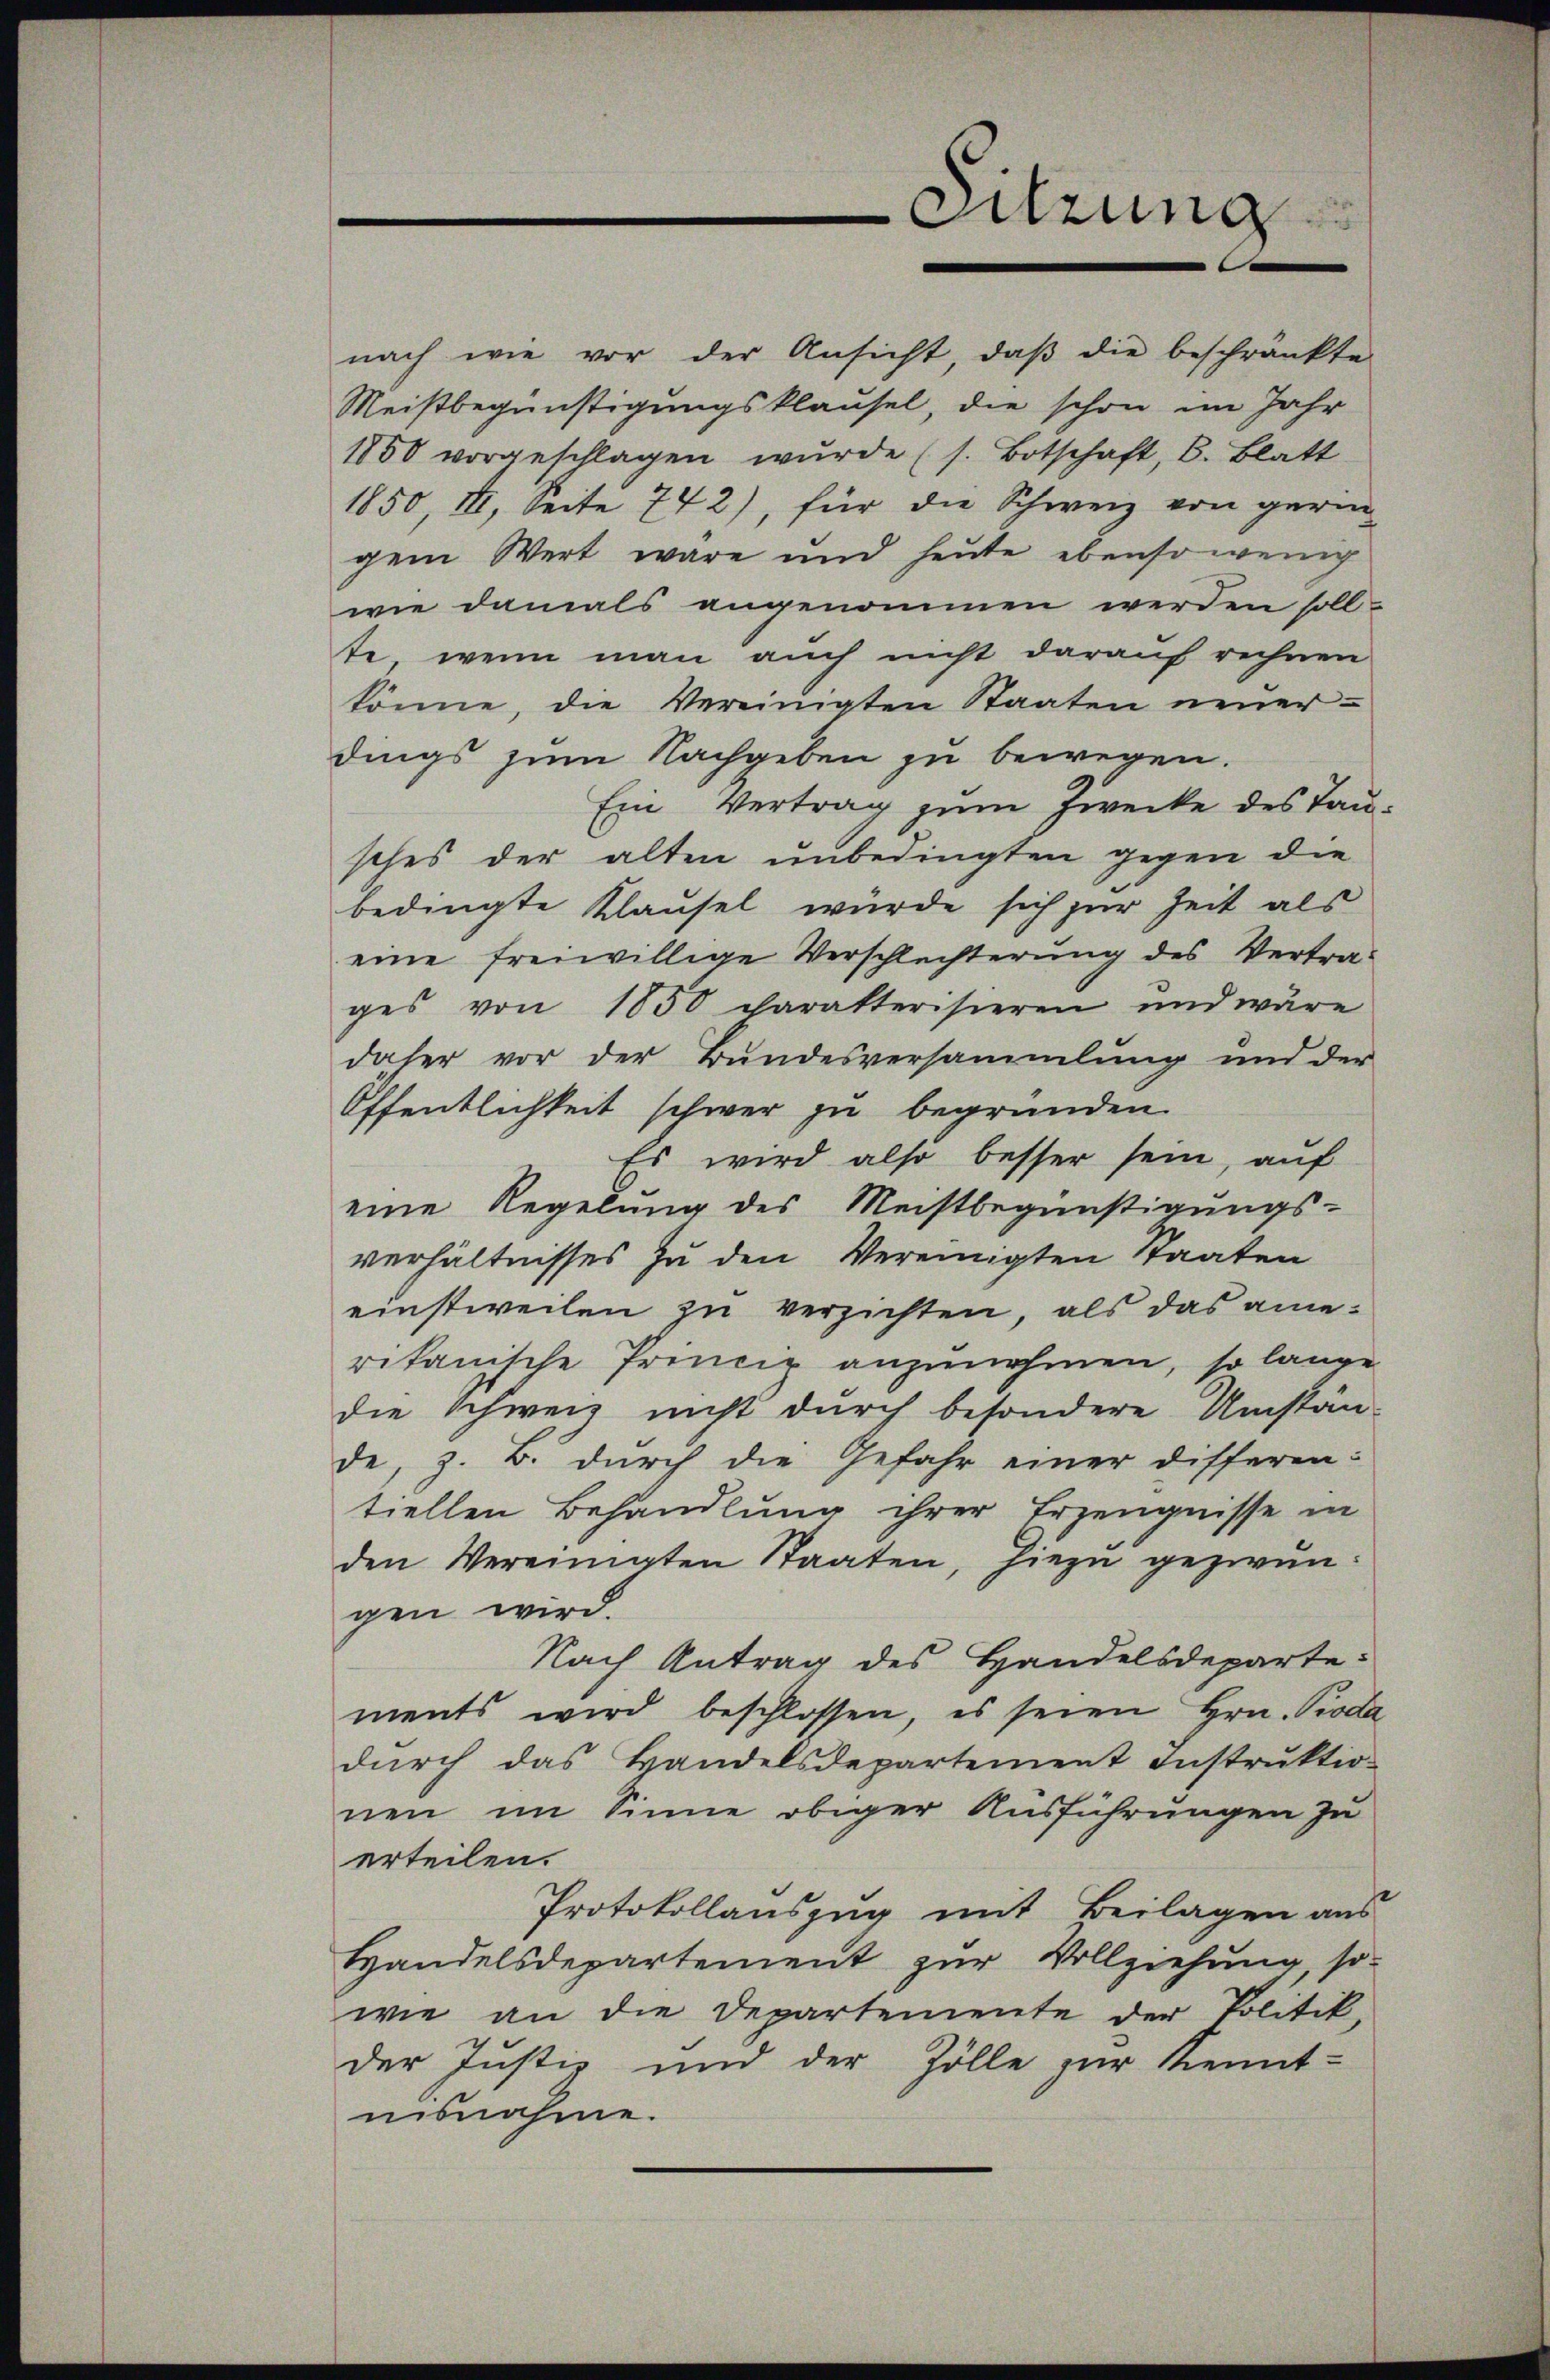
nach wie vor der Ansicht, daβ die beschränkte
Meistbegünstigungsklausel, die schon im Jahr
1850 vorgeschlagen wŭrde (s. Botschaft, C. Blatt
1850, II, Seite 742), für die Schweiz von gerin
gem Wert wäre und heute ebensowenig
wie damals angenommen werden soll-
te, wenn man auch nicht darauf rechnen
könne, die Vereinigten Staaten neuerdings zum Nachgeben zu bewegen.
Ein Vertrag zum Zwecke des Tau
sches der alten unbedingten gegen die
bedingte Klausel würde sich zur Zeit als
eine freiwillige Verschlechterung des Vertra-
ges von 1850 charakterisieren und wäre
daher vor der Bundesversammlung und der
Öffentlichkeit schwer zu begründen.
Es wird also besser sein, auf
eine Regelung des Meistbegünstigungs-
verhältnisses zu den Vereinigten Staaten
einstweilen zu verzichten, als das ameritanische Princip anzunehmen, so lange
die Schweiz nicht durch besondere Umstän-
de, z. B. durch die Gefahr einer Differen:
tiellen Behandlung ihrer Erzeugnisse in
den Vereinigten Staaten, hiezu gezwungen wird.
Nach Antrag des Handelsdepartements wird beschlossen, es seien Hrn. Pioda
dŭrch das Handelsdepartement Instrŭktio-
nen im Sinne obiger Ausführungen zu
erteilen.
Protokollauszug mit Beilagen aus
Handelsdepartement zur Vollziehung, so-
wie an die Departemente der Politik,
der Justiz und der Zölle zur Kennt-
uisnahme.

Sitzung
e